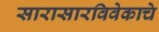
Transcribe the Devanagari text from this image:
सारासारविवेकाचे